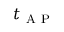
t _ { \mathrm { ~ A ~ P ~ } }